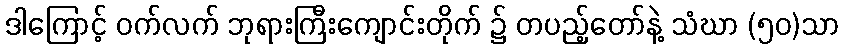
ဒါကြောင့် ဝက်လက် ဘုရားကြီးကျောင်းတိုက် ၌ တပည့်တော်နဲ့ သံဃာ (၅၀)သာ